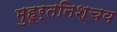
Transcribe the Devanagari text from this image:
मुहूर्तनिश्चय